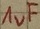
Text: 1uF